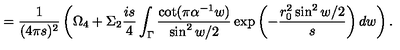
= { \frac { 1 } { ( 4 \pi s ) ^ { 2 } } } \left( \Omega _ { 4 } + \Sigma _ { 2 } { \frac { i s } { 4 } } \int _ { \Gamma } { \frac { \cot ( \pi \alpha ^ { - 1 } w ) } { \sin ^ { 2 } w / 2 } } \exp \left( - { \frac { r _ { 0 } ^ { 2 } \sin ^ { 2 } w / 2 } { s } } \right) d w \right) .